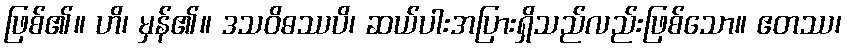
ဖြစ်၏။ ဟိ၊ မှန်၏။ ဒသဝိဓဿပိ၊ ဆယ်ပါးအပြားရှိသည်လည်းဖြစ်သော။ ဧတဿ၊